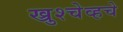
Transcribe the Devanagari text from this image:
ख्रुश्चेव्हचे